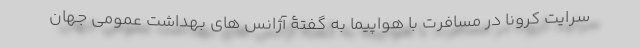
سرایت کرونا در مسافرت با هواپیما به گفتۀ آژانس های بهداشت عمومی جهان